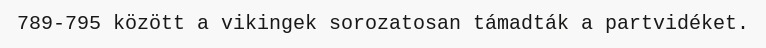
789-795 között a vikingek sorozatosan támadták a partvidéket.